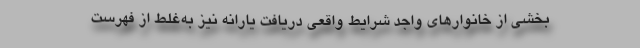
بخشی از خانوارهای واجد شرایط واقعی دریافت یارانه نیز به‌غلط از فهرست